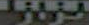
بزازل